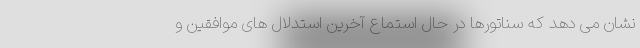
نشان می دهد که سناتورها در حال استماع آخرین استدلال های موافقین و